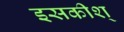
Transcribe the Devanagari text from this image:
इसकीश्